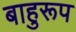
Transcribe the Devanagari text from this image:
बाहुरूप